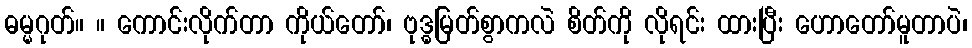
ဓမ္မဂုတ်။ ။ ကောင်းလိုက်တာ ကိုယ်တော်၊ ဗုဒ္ဓမြတ်စွာကလဲ စိတ်ကို လိုရင်း ထားပြီး ဟောတော်မူတာပဲ၊